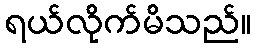
ရယ်လိုက်မိသည်။